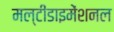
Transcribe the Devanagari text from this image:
मल्टीडाइमेंशनल